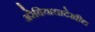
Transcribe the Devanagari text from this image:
अरेबियाचादेखील